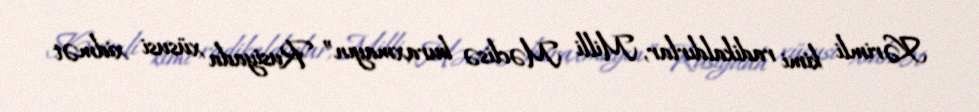
Kərimli kimi radikaldırlar, Milli Məclisə buraxmayın” Rusiyada xüsusi xidmət